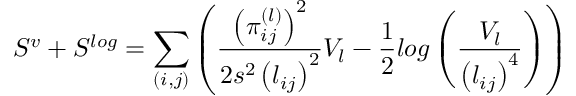
S ^ { v } + S ^ { l o g } = \sum _ { ( i , j ) } \left( \frac { \left( \pi _ { i j } ^ { ( l ) } \right) ^ { 2 } } { 2 s ^ { 2 } \left( l _ { i j } \right) ^ { 2 } } V _ { l } - \frac { 1 } { 2 } l o g \left( \frac { V _ { l } } { \left( l _ { i j } \right) ^ { 4 } } \right) \right)